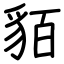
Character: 貊